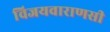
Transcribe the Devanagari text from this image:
विजयवाराणसी